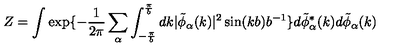
Z = \int \exp \{ - \frac { 1 } { 2 \pi } \sum _ { \alpha } \int _ { - \frac { \pi } { b } } ^ { \frac { \pi } { b } } d k | \tilde { \phi } _ { \alpha } ( k ) | ^ { 2 } \sin ( k b ) b ^ { - 1 } \} d \tilde { \phi } _ { \alpha } ^ { * } ( k ) d \tilde { \phi } _ { \alpha } ( k )